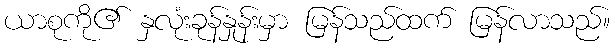
ယာစုကို၏ နှလုံးခုန်နှုန်းမှာ မြန်သည်ထက် မြန်လာသည်။